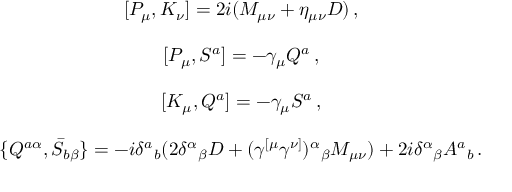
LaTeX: \begin{array} { c } { { { } [ P _ { \mu } , K _ { \nu } ] = 2 i ( M _ { \mu \nu } + \eta _ { \mu \nu } D ) \, , } } \\ { { { } } } \\ { { { } [ P _ { \mu } , S ^ { a } ] = - \gamma _ { \mu } Q ^ { a } \, , } } \\ { { { } } } \\ { { { } [ K _ { \mu } , Q ^ { a } ] = - \gamma _ { \mu } S ^ { a } \, , } } \\ { { { } } } \\ { { { } \{ Q ^ { a \alpha } , \bar { S } _ { b \beta } \} = - i \delta ^ { a } { } _ { b } ( 2 \delta ^ { \alpha } { } _ { \beta } D + ( \gamma ^ { [ \mu } \gamma ^ { \nu ] } ) ^ { \alpha } { } _ { \beta } M _ { \mu \nu } ) + 2 i \delta ^ { \alpha } { } _ { \beta } A ^ { a } { } _ { b } \, . } } \end{array}